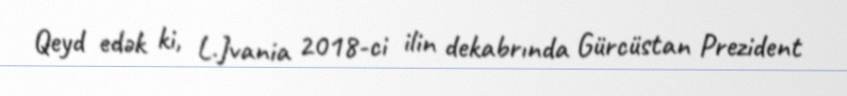
Qeyd edək ki, L.Jvania 2018-ci ilin dekabrında Gürcüstan Prezident